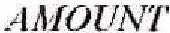
AMOUNT